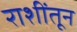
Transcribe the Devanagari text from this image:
राशींतून